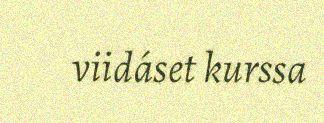
viidáset kurssa